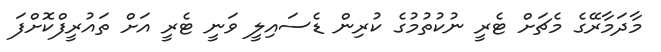
މާދަމާރޭގެ މެޗަށް ޓެރީ ނުކުތުމުގެ ކުރިން ޑެސައިލީ ވަނީ ޓެރީ އަށް ތައުރީފްކޮށްފަ